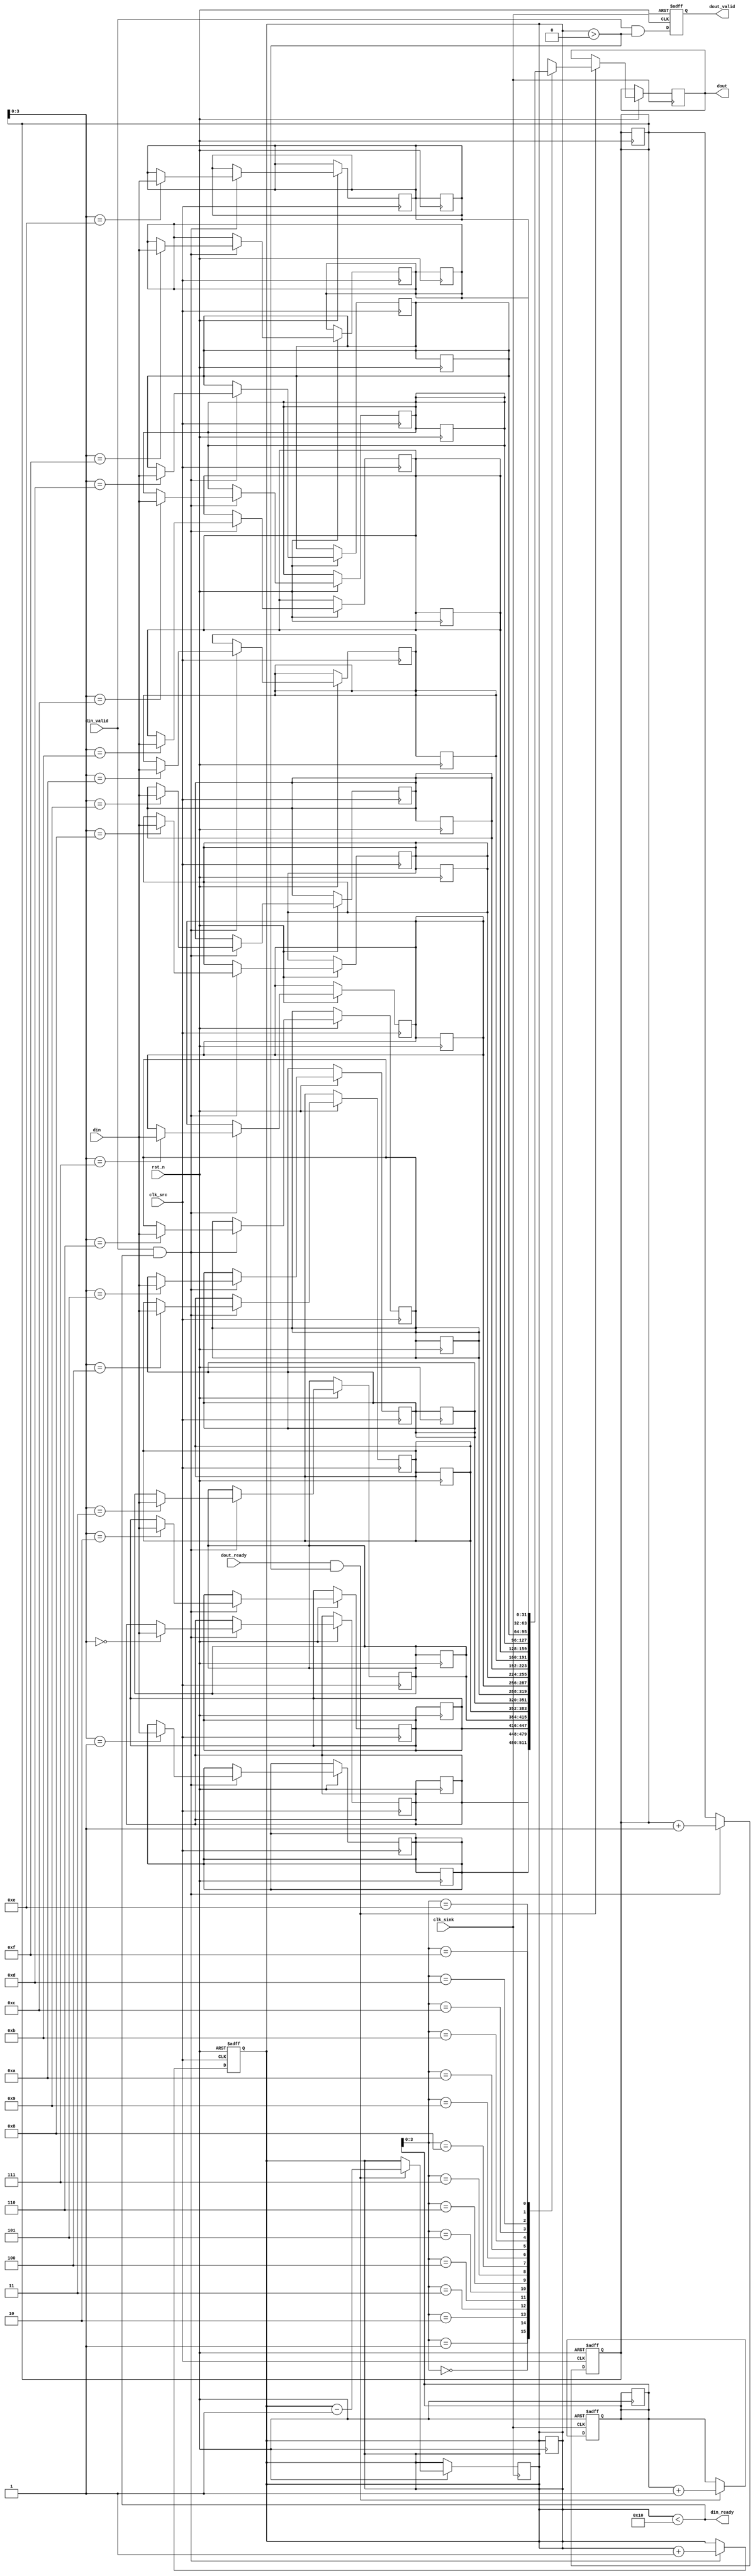
module burst_mode_synchronizer #(
    parameter DATA_WIDTH = 32,
    parameter FIFO_DEPTH = 16
)(
    input  wire clk_src,            // Source clock
    input  wire clk_sink,           // Sink clock
    input  wire rst_n,              // Active low reset
    input  wire [DATA_WIDTH-1:0] din, // Data input
    input  wire din_valid,          // Data input valid signal
    output wire din_ready,          // Data input ready signal
    output wire [DATA_WIDTH-1:0] dout, // Data output
    output wire dout_valid,         // Data output valid
    input  wire dout_ready          // Data output ready
);

// FIFO Buffer
reg [DATA_WIDTH-1:0] fifo [0:FIFO_DEPTH-1];
reg [4:0] wr_ptr, rd_ptr;
reg [4:0] fifo_count;

// FIFO Write Logic (Source Domain)
always @(posedge clk_src or negedge rst_n) begin
    if (~rst_n) begin
        wr_ptr <= 0;
        fifo_count <= 0;
    end else begin
        if (din_valid && (fifo_count < FIFO_DEPTH)) begin
            fifo[wr_ptr] <= din;
            wr_ptr <= wr_ptr + 1;
            fifo_count <= fifo_count + 1;
        end
    end
end

// FIFO Read Logic (Sink Domain)
reg [DATA_WIDTH-1:0] read_data;
always @(posedge clk_sink or negedge rst_n) begin
    if (~rst_n) begin
        rd_ptr <= 0;
    end else begin
        if (dout_ready && (fifo_count > 0)) begin
            read_data <= fifo[rd_ptr];
            rd_ptr <= rd_ptr + 1;
            fifo_count <= fifo_count - 1;
        end
    end
end

// Synchronize Valid Signal from Source Domain to Sink Domain
reg din_valid_sync;
always @(posedge clk_sink or negedge rst_n) begin
    if (~rst_n) begin
        din_valid_sync <= 0;
    end else begin
        din_valid_sync <= din_valid && (fifo_count > 0);
    end
end

// Output Control Logic
assign dout = read_data;
assign dout_valid = din_valid_sync;
assign din_ready = (fifo_count < FIFO_DEPTH);

// Reset Logic for FIFO
integer i;
always @(posedge rst_n) begin
    if (~rst_n) begin
        for (i = 0; i < FIFO_DEPTH; i = i + 1) begin
            fifo[i] <= 0;
        end
        wr_ptr <= 0;
        rd_ptr <= 0;
        fifo_count <= 0;
    end
end

endmodule